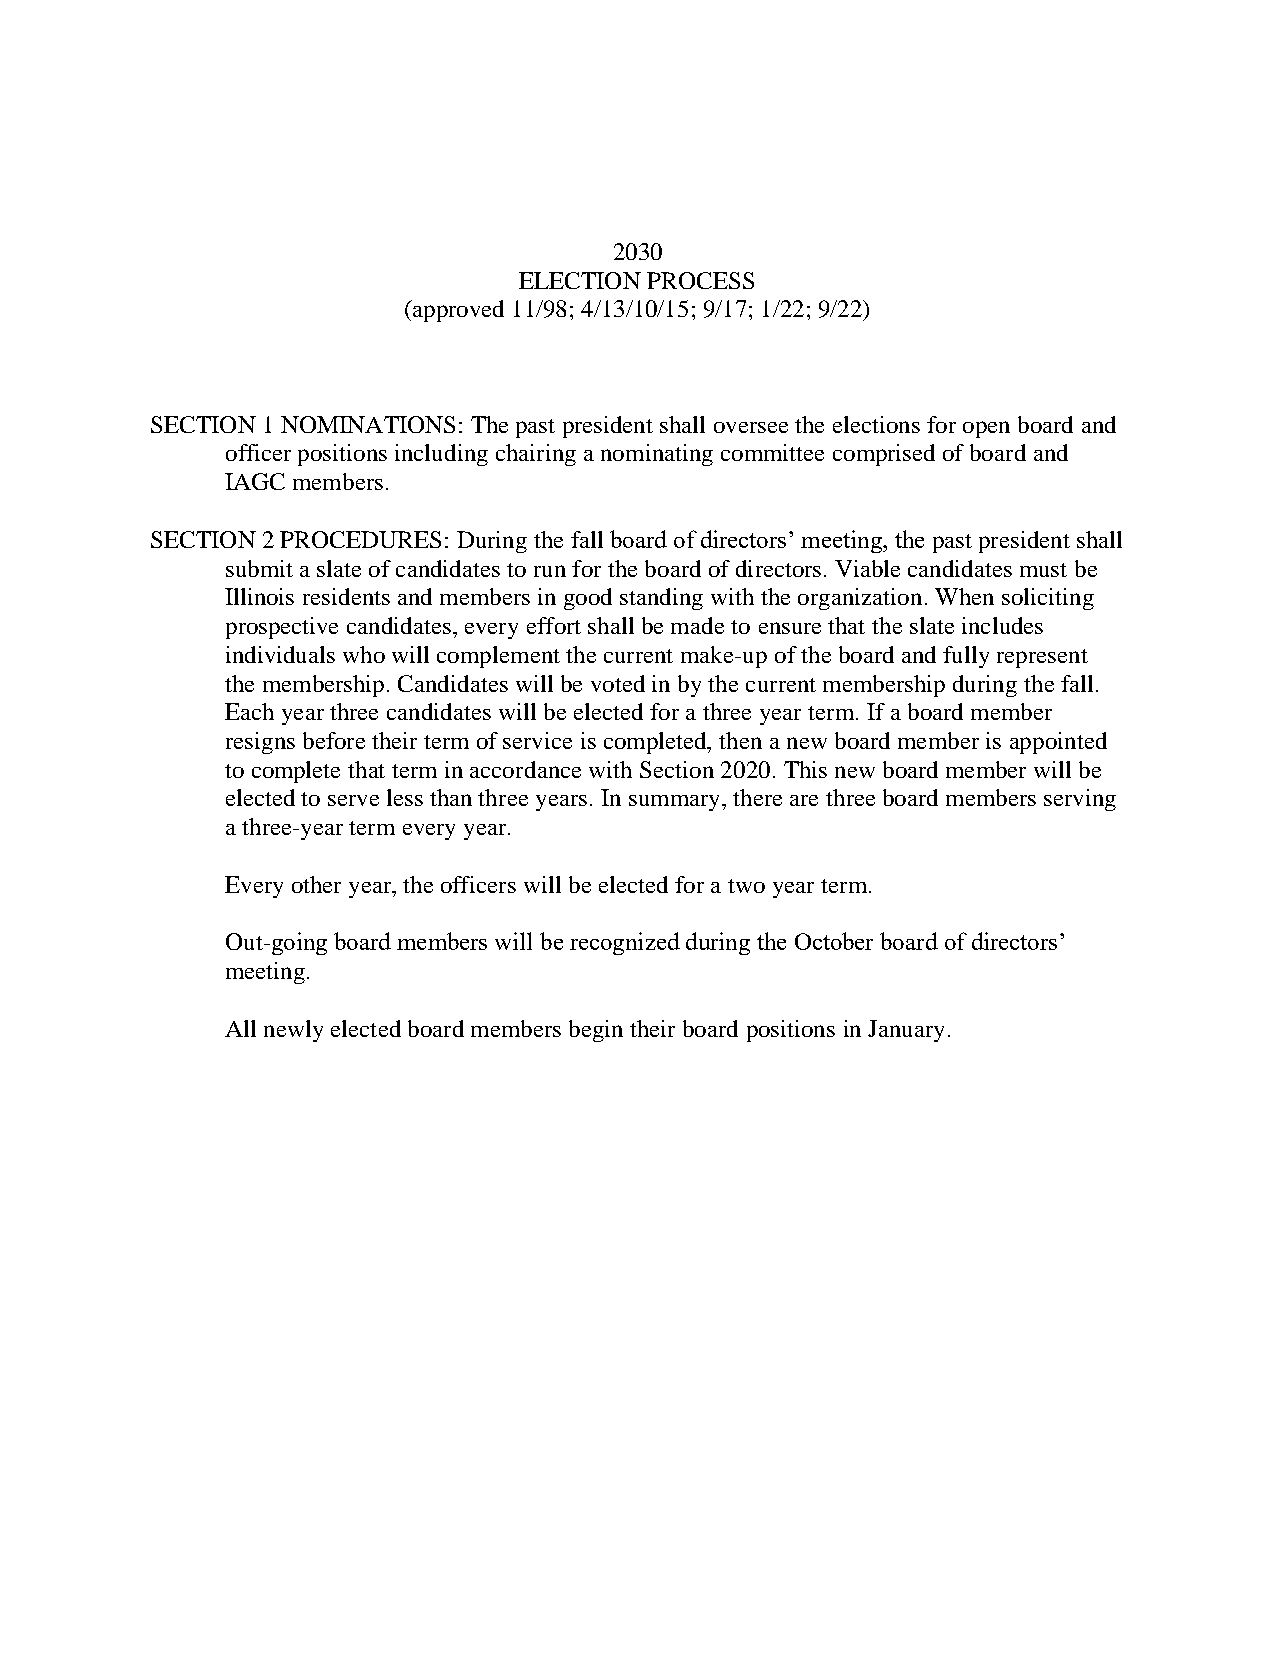
2030
 ELECTION PROCESS
 (approved 11/98; 4/13/10/15; 9/17; 1/22; 9/22)
 SECTION 1 NOMINATIONS: The past president shall oversee the elections for open board and
 officer positions including chairing a nominating committee comprised of board and
 IAGC members.
 SECTION 2 PROCEDURES: During the fall board of directors’ meeting, the past president shall
 submit a slate of candidates to run for the board of directors. Viable candidates must be
 Illinois residents and members in good standing with the organization. When soliciting
 prospective candidates, every effort shall be made to ensure that the slate includes
 individuals who will complement the current make-up of the board and fully represent
 the membership. Candidates will be voted in by the current membership during the fall.
 Each year three candidates will be elected for a three year term. If a board member
 resigns before their term of service is completed, then a new board member is appointed
 to complete that term in accordance with Section 2020. This new board member will be
 elected to serve less than three years. In summary, there are three board members serving
 a three-year term every year.
 Every other year, the officers will be elected for a two year term.
 Out-going board members will be recognized during the October board of directors’
 meeting.
 All newly elected board members begin their board positions in January.